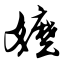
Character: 嬷